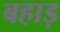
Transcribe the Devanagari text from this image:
बहाड़